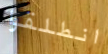
انطلقوا